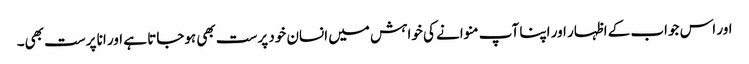
اور اس جواب کے اظہار اور اپنا آپ منوانے کی خواہش میں انسان خود پرست بھی ہوجاتا ہے اور انا پرست بھی۔